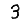
Digit: 3